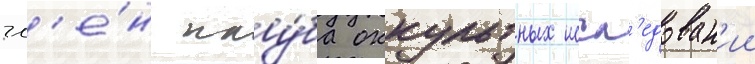
чл'е́н клу́ба оккультных иссл'едован'ии